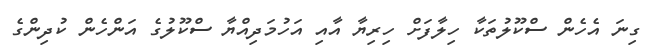
ގިނަ އެހެން ސްކޫލުތަކާ ހިލާފަށް ހިރިޔާ އާއި އަހުމަދިއްޔާ ސްކޫލުގެ އަންހެން ކުދިންގެ